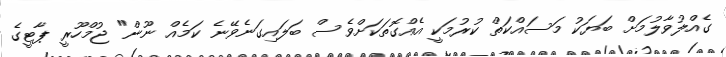
ގެއްލުވާލުމަށް ބަޔަކު މަސައްކަތް ކުރުމަކީ އެއްގޮތަކަށްވެސް ބަލައިގަނެވޭނެ ކަމެއް ނޫން" ޖުމްހޫރީ ޕާޓީގެ